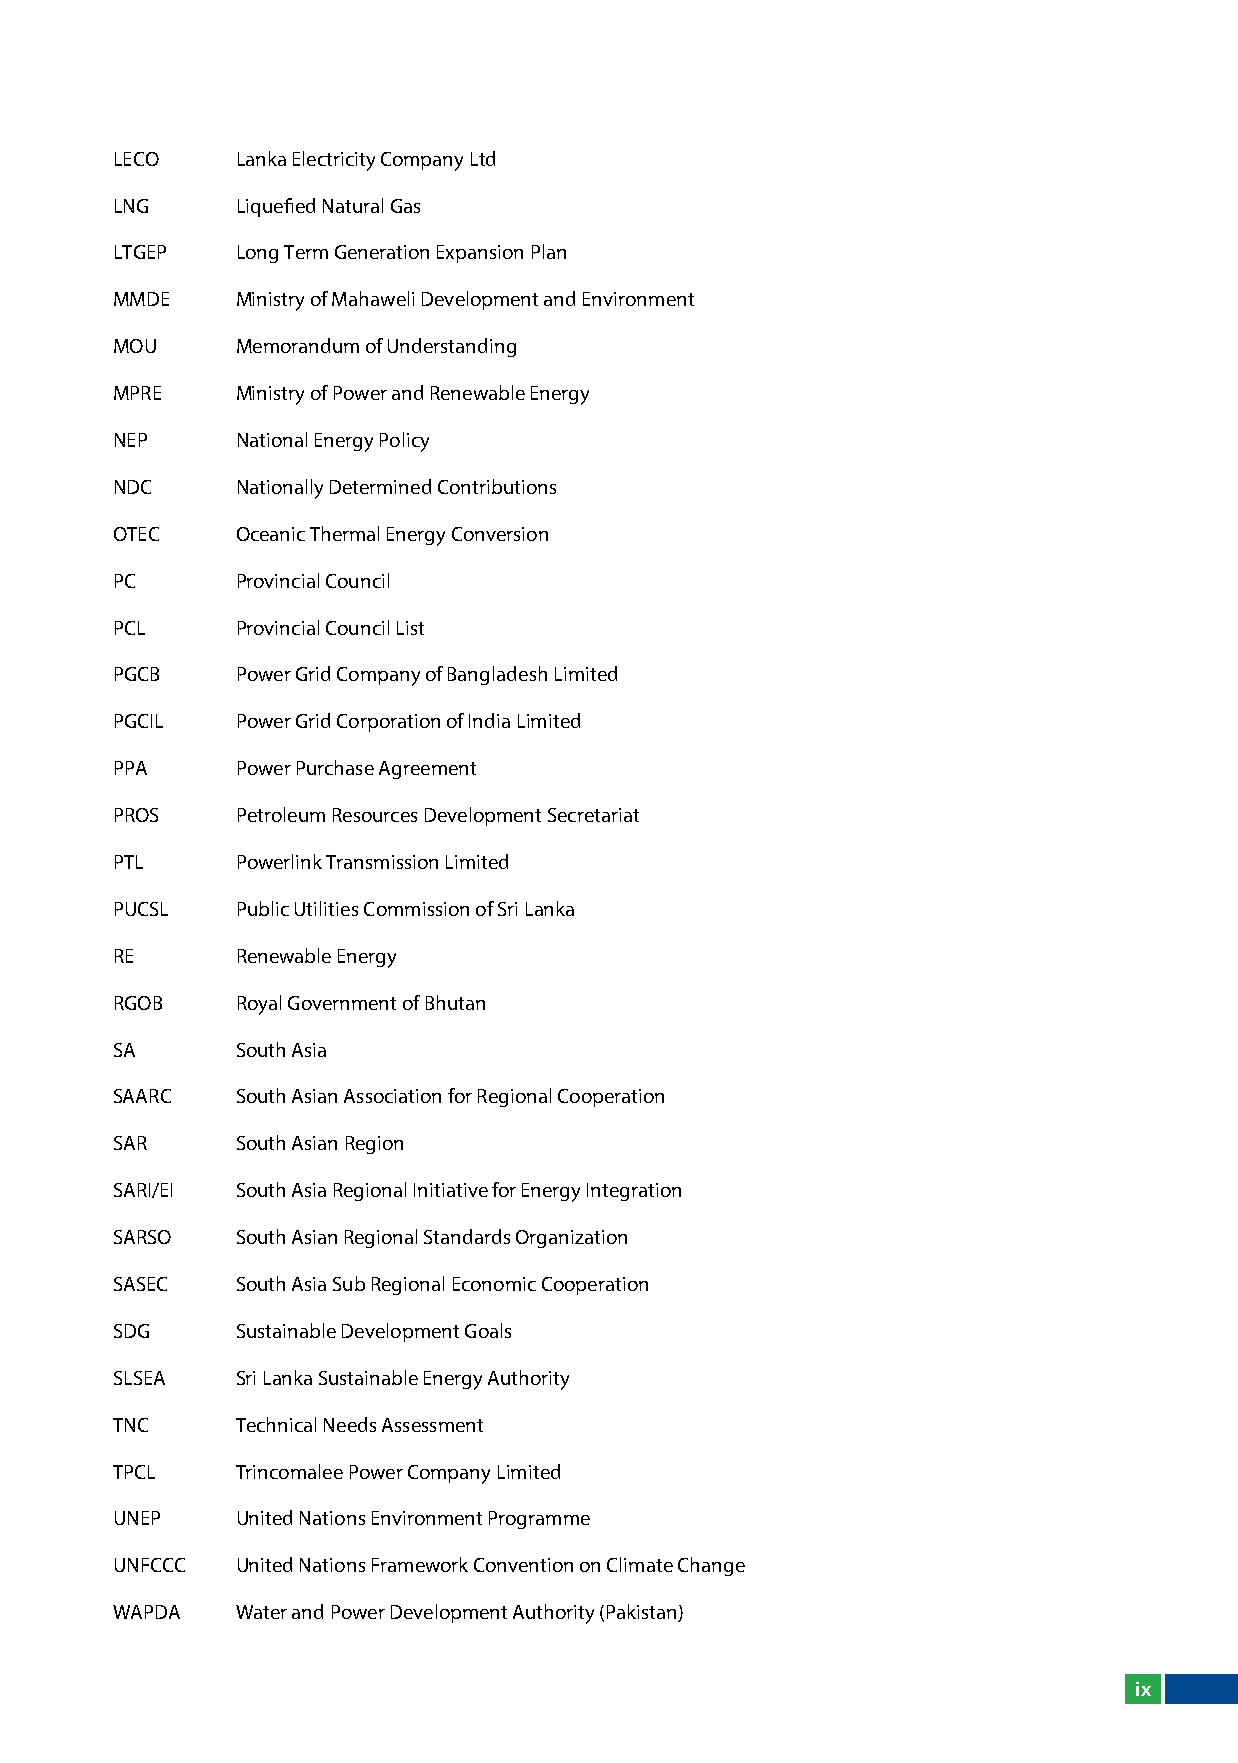
lECO     lanka Electricity Company ltd
 lNG      liquefied Natural Gas
 lTGEP    long Term Generation Expansion Plan
 MMDE     Ministry of Mahaweli Development and Environment
 MOU      Memorandum of Understanding
 MPRE     Ministry of Power and Renewable Energy
 NEP      National Energy Policy
 NDC      Nationally Determined Contributions
 OTEC     Oceanic Thermal Energy Conversion
 PC       Provincial Council
 PCl      Provincial Council list
 PGCB     Power Grid Company of Bangladesh limited
 PGCIl    Power Grid Corporation of India limited
 PPA      Power Purchase Agreement
 PROS     Petroleum Resources Development Secretariat
 PTl      Powerlink Transmission limited
 PUCSl    Public Utilities Commission of Sri lanka
 RE       Renewable Energy
 RGOB     Royal Government of Bhutan
 SA       South Asia
 SAARC    South Asian Association for Regional Cooperation
 SAR      South Asian Region
 SARI/EI  South Asia Regional Initiative for Energy Integration
 SARSO    South Asian Regional Standards Organization
 SASEC    South Asia Sub Regional Economic Cooperation
 SDG      Sustainable Development Goals
 SlSEA    Sri lanka Sustainable Energy Authority
 TNC      Technical Needs Assessment
 TPCl     Trincomalee Power Company limited
 UNEP     United Nations Environment Programme
 UNFCCC   United Nations Framework Convention on Climate Change
 WAPDA    Water and Power Development Authority (Pakistan)
 ix